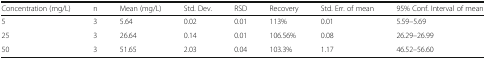
<table><thead><tr><td><b>Concentration (mg/L)</b></td><td><b>n</b></td><td><b>Mean (mg/L)</b></td><td><b>Std. Dev.</b></td><td><b>RSD</b></td><td><b>Recovery</b></td><td><b>Std. Err. of mean</b></td><td><b>95% Conf. Interval of mean</b></td></tr></thead><tbody><tr><td>5</td><td>3</td><td>5.64</td><td>0.02</td><td>0.01</td><td>113%</td><td>0.01</td><td>5.59–5.69</td></tr><tr><td>25</td><td>3</td><td>26.64</td><td>0.14</td><td>0.01</td><td>106.56%</td><td>0.08</td><td>26.29–26.99</td></tr><tr><td>50</td><td>3</td><td>51.65</td><td>2.03</td><td>0.04</td><td>103.3%</td><td>1.17</td><td>46.52–56.60</td></tr></tbody></table>